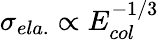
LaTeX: \sigma_{ela.}\propto E_{col}^{-1/3}